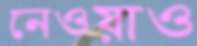
নেওয়াও